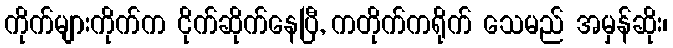
ကိုက်များကိုက်က ငိုက်ဆိုက်နေပြီ, ကတိုက်ကရိုက် သေမည် အမှန်ဆိုး၊